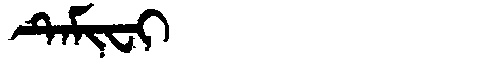
Manchu: ᡨᡝᠮᡳᠸᡳ
Romanization: TEMIFI